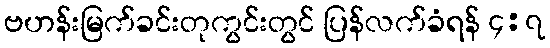
ဗဟန်းမြက်ခင်းတုကွင်းတွင် ပြန်လက်ခံရန် ၄:၇